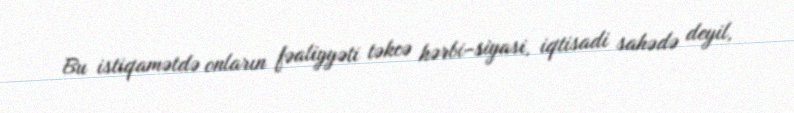
Bu istiqamətdə onların fəaliyyəti təkcə hərbi-siyasi, iqtisadi sahədə deyil,